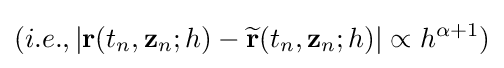
(i.e.,\left\vert \mathbf {r} (t_{n},\mathbf {z} _{n};h)-{\widetilde {\mathbf {r} }}(t_{n},\mathbf {z} _{n};h)\right\vert \propto h^{\alpha +1})